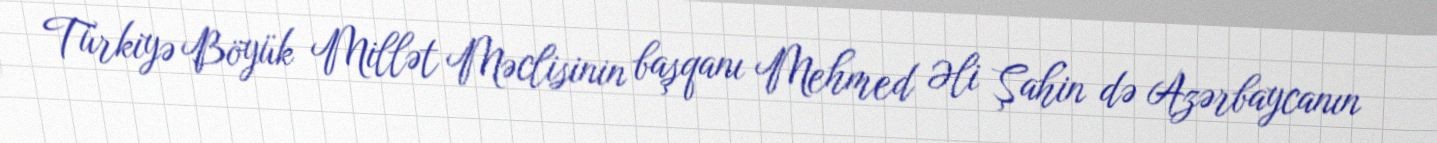
Türkiyə Böyük Millət Məclisinin başqanı Mehmed Əli Şahin də Azərbaycanın